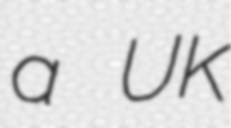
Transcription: a UK